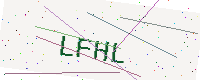
Text: LFHL